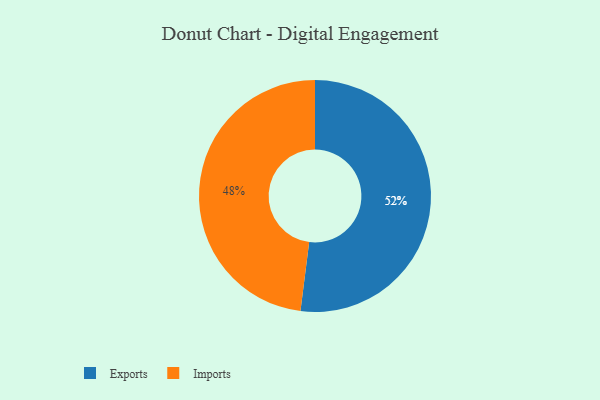
{"axis": {"x": "Category", "y": "Percentage"}, "legend": ["Exports", "Imports"], "data": [{"x": "Exports", "y": 52, "type": "Exports"}, {"x": "Imports", "y": 48, "type": "Imports"}]}